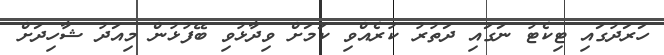
ހަރަދުގައި ޓިކެޓު ނަގައި ދަތުރު ކުރެއްވި ކަމަށް ވިދާޅުވި ބޭފުޅުން މިއަދު ޝާހިދަށް